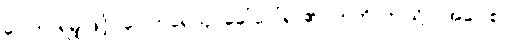
ဝေါဟာရမျှဖြင့်။ ဝေါဟရေယျ၊ ခေါ်ဝေါ်ရာ၏။ ဣတိ၊ ဤသို့။ (အဝေါစ၊